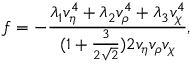
f = - \frac { \lambda _ { 1 } v _ { \eta } ^ { 4 } + \lambda _ { 2 } v _ { \rho } ^ { 4 } + \lambda _ { 3 } v _ { \chi } ^ { 4 } } { ( 1 + \frac { 3 } { 2 \sqrt 2 } ) 2 v _ { \eta } v _ { \rho } v _ { \chi } } ,